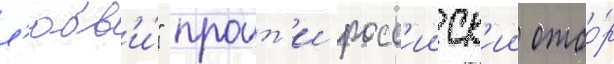
л'юбв'и́" проит'и росс'ииск'ии отбо́р